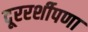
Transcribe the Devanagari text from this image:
दूररर्शीपणा